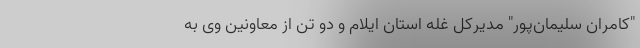
"کامران سلیمان‌پور" مدیرکل غله استان ایلام و دو تن از معاونین وی به